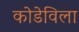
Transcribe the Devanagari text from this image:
कोडेविला